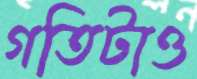
গতিটাও